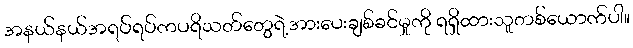
အနယ်နယ်အရပ်ရပ်ကပရိသတ်တွေရဲ့အားပေးချစ်ခင်မှုကို ရရှိထားသူတစ်ယောက်ပါ။